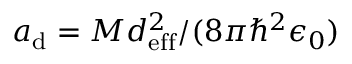
a _ { \mathrm { d } } = M d _ { \mathrm { e f f } } ^ { 2 } / ( 8 \pi \hbar ^ { 2 } \epsilon _ { 0 } )